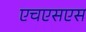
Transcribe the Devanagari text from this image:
एचएसएस